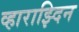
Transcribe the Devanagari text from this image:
व्हाराझ्दिन